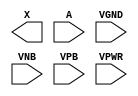
module sky130_fd_sc_hd__probec_p (
    X   ,
    A   ,
    VGND,
    VNB ,
    VPB ,
    VPWR
);

    output X   ;
    input  A   ;
    input  VGND;
    input  VNB ;
    input  VPB ;
    input  VPWR;
endmodule